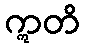
ဣတိ